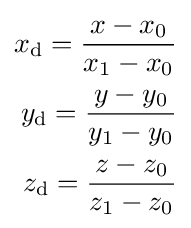
{\begin{aligned}x_{\text{d}}={\frac {x-x_{0}}{x_{1}-x_{0}}}\\y_{\text{d}}={\frac {y-y_{0}}{y_{1}-y_{0}}}\\z_{\text{d}}={\frac {z-z_{0}}{z_{1}-z_{0}}}\end{aligned}}